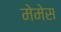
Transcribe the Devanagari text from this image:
मेमेस